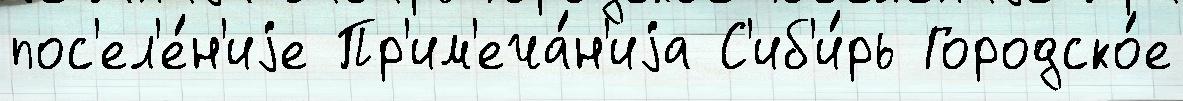
пос'ел'е́н'иjе Пр'им'еча́н'иjа С'иб'и́рь Городско́е